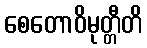
စေတောဝိမုတ္တီတိ